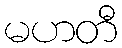
မဟတီ